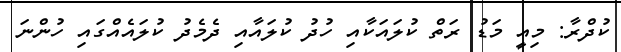
ކުދްރާ: މިއީ މަޑު ރަތް ކުލައަކާއި ހުދު ކުލައާއި ދެމެދު ކުލައެއްގައި ހުންނަ